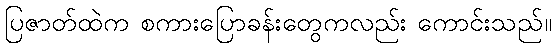
ပြဇာတ်ထဲက စကားပြောခန်းတွေကလည်း ကောင်းသည်။